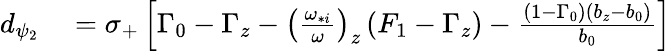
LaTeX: \begin{array}{rl}{d_{\psi_{2}}}&{{}=\sigma_{+}\left[\Gamma_{0}-\Gamma_{z}-\left(\frac{\omega_{*i}}{\omega}\right)_{z}\left(F_{1}-\Gamma_{z}\right)-\frac{\left(1-\Gamma_{0}\right)\left(b_{z}-b_{0}\right)}{b_{0}}\right]}\end{array}